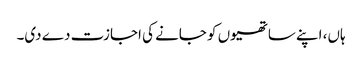
ہاں، اپنے ساتھیوں کو جانے کی اجازت دے دی۔